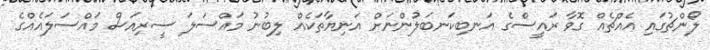
ލޯންޗުގައި އެއްޗެއް ގޮވާ ރައީސްގެ އަނބިކަނބަލުންނަށް އަނިޔާތަކެއް ލިބުނު މައްސަލަ ސީރިއަސް މައްސަލައެއްގެ